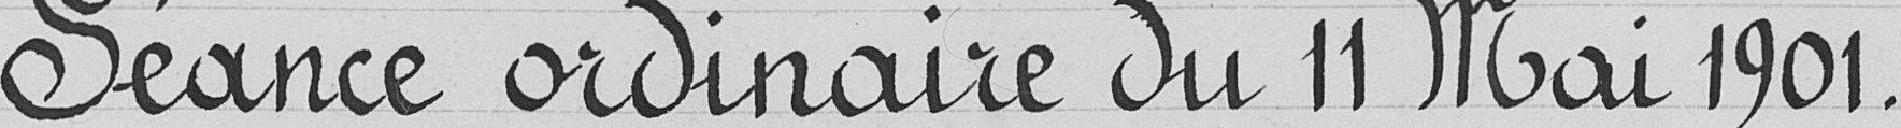
Séance ordinaire du 11 Mai 1901